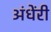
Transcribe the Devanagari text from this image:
अंधेंरी